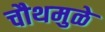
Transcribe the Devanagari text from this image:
चौथमुळे